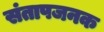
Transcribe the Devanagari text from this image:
संतापजनक